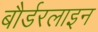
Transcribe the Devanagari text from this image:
बौर्डरलाइन